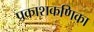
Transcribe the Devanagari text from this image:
प्रकाशकणिका